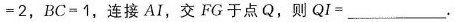
= 2$$，$$B C = 1$$，连接AI，交FG于点Q，则$$Q I = ___$$.